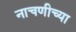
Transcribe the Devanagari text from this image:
नाचणीच्या